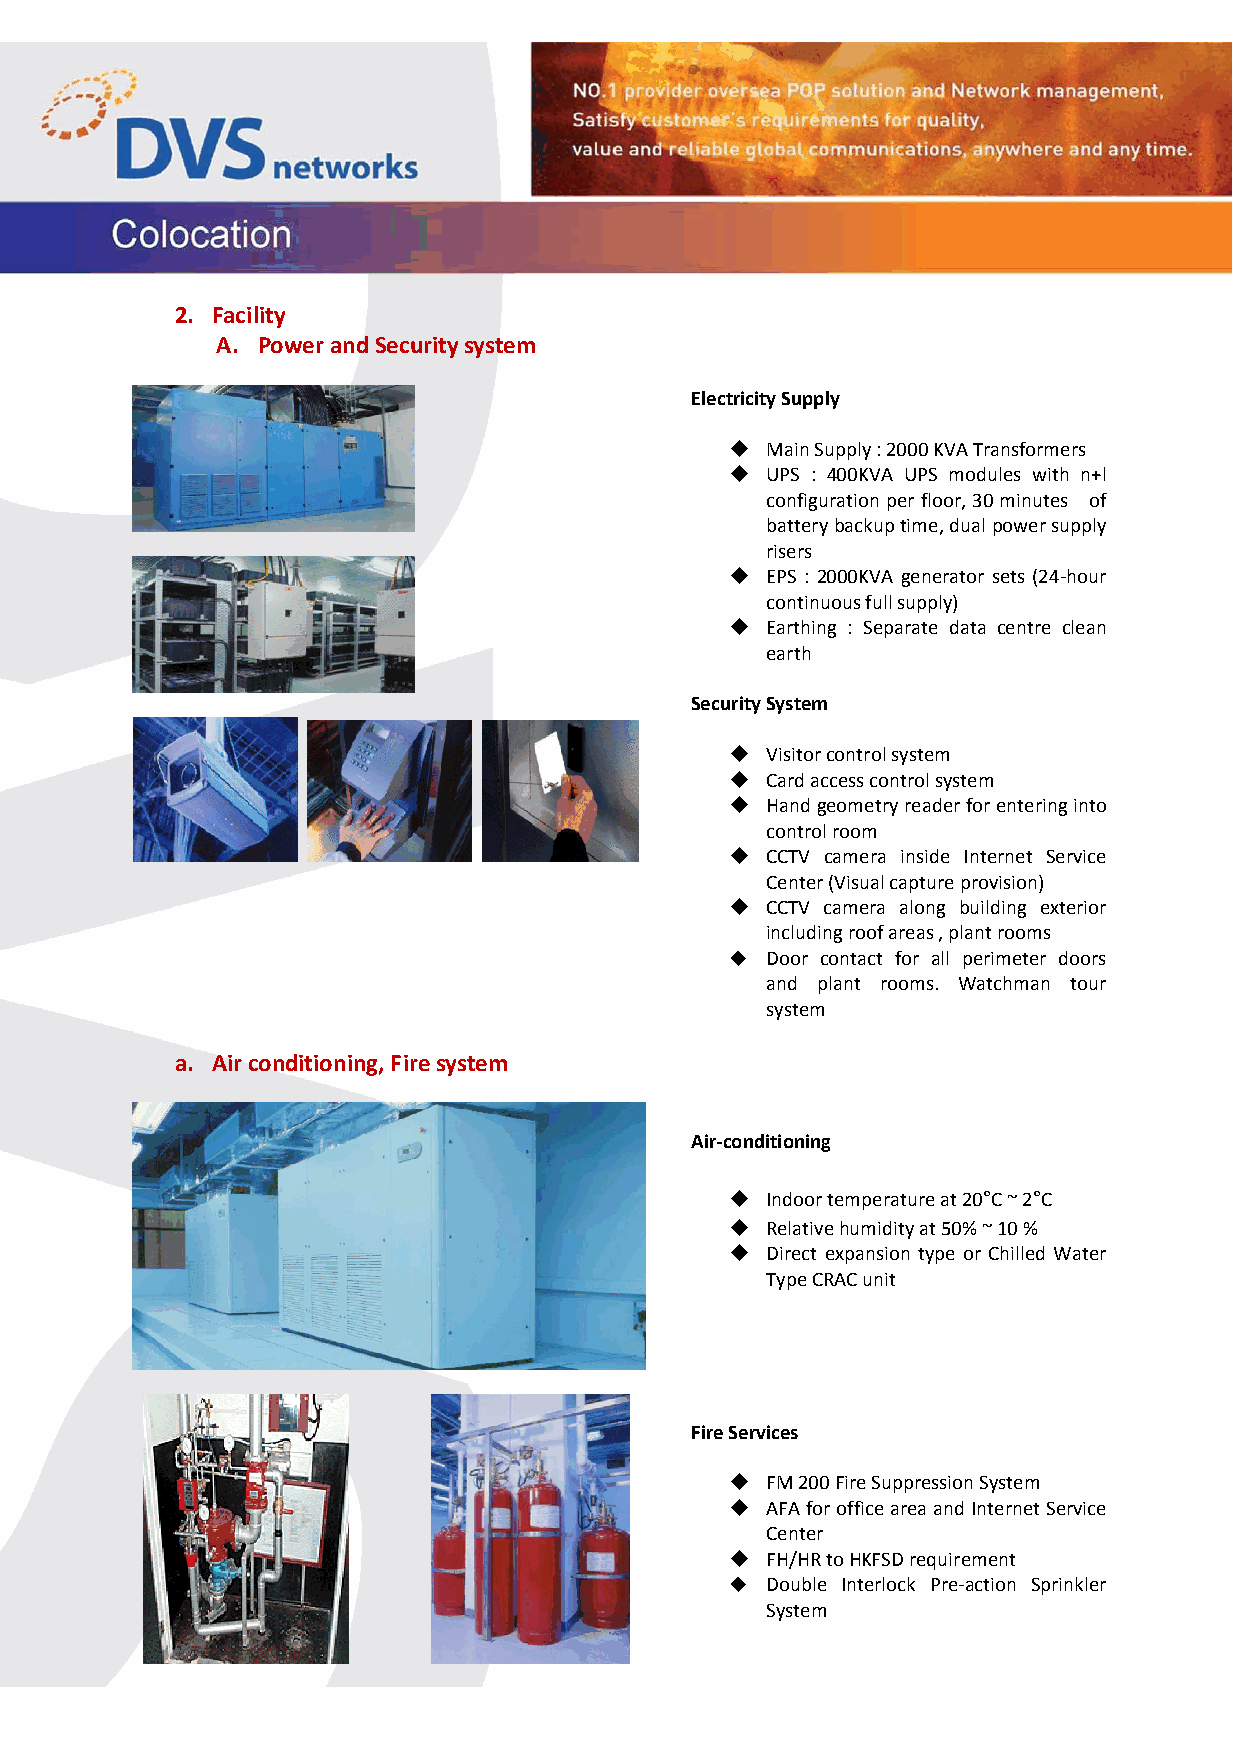
2. Facility
 A. Power and Security system
 Electricity Supply
   Main Supply : 2000 KVA Transformers
   UPS : 400KVA UPS modules with n+l
 configuration per floor, 30 minutes of
 battery backup time, dual power supply
 risers
   EPS : 2000KVA generator sets (24‐hour
 continuous full supply)
   Earthing : Separate data centre clean
 earth
 Security System
   Visitor control system
   Card access control system
   Hand geometry reader for entering into
 control room
   CCTV camera inside Internet Service
 Center (Visual capture provision)
   CCTV camera along building exterior
 including roof areas , plant rooms
   Door contact for all perimeter doors
 and plant rooms. Watchman tour
 system
 a. Air conditioning, Fire system
 Air‐conditioning
   Indoor temperature at 20°C ~ 2°C
   Relative humidity at 50% ~ 10 %
   Direct expansion type or Chilled Water
 Type CRAC unit
 Fire Services
   FM 200 Fire Suppression System
   AFA for office area and Internet Service
 Center
   FH/HR to HKFSD requirement
   Double Interlock Pre‐action Sprinkler
 System